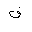
Letter: _fa